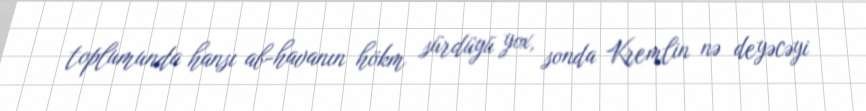
toplumunda hansı ab-havanın hökm sürdüyü yox, sonda Kremlin nə deyəcəyi